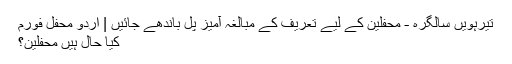
تیرہویں سالگرہ - محفلین کے لیے تعریف کے مبالغہ آمیز پُل باندھے جائیں | اردو محفل فورم
کیا حال ہیں محفلین؟